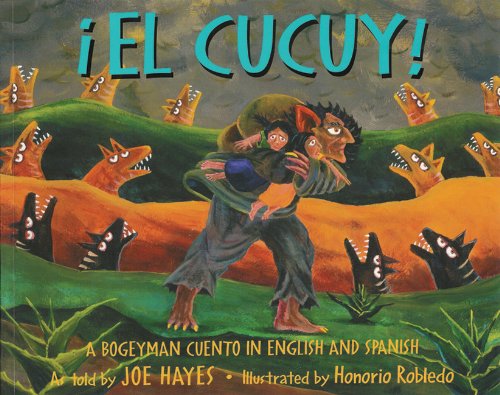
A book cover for El Cucuy: A Bogeyman Cuento in English and Spanish (English and Spanish Edition); Joe Hayes; Children's Books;